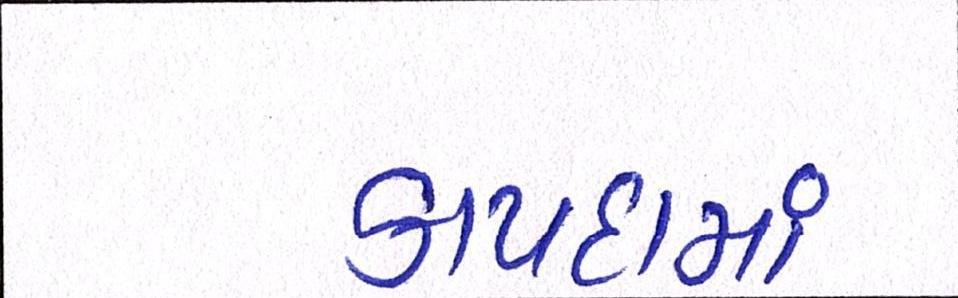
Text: કાયદામાં